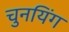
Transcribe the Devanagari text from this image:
चुनयिंग